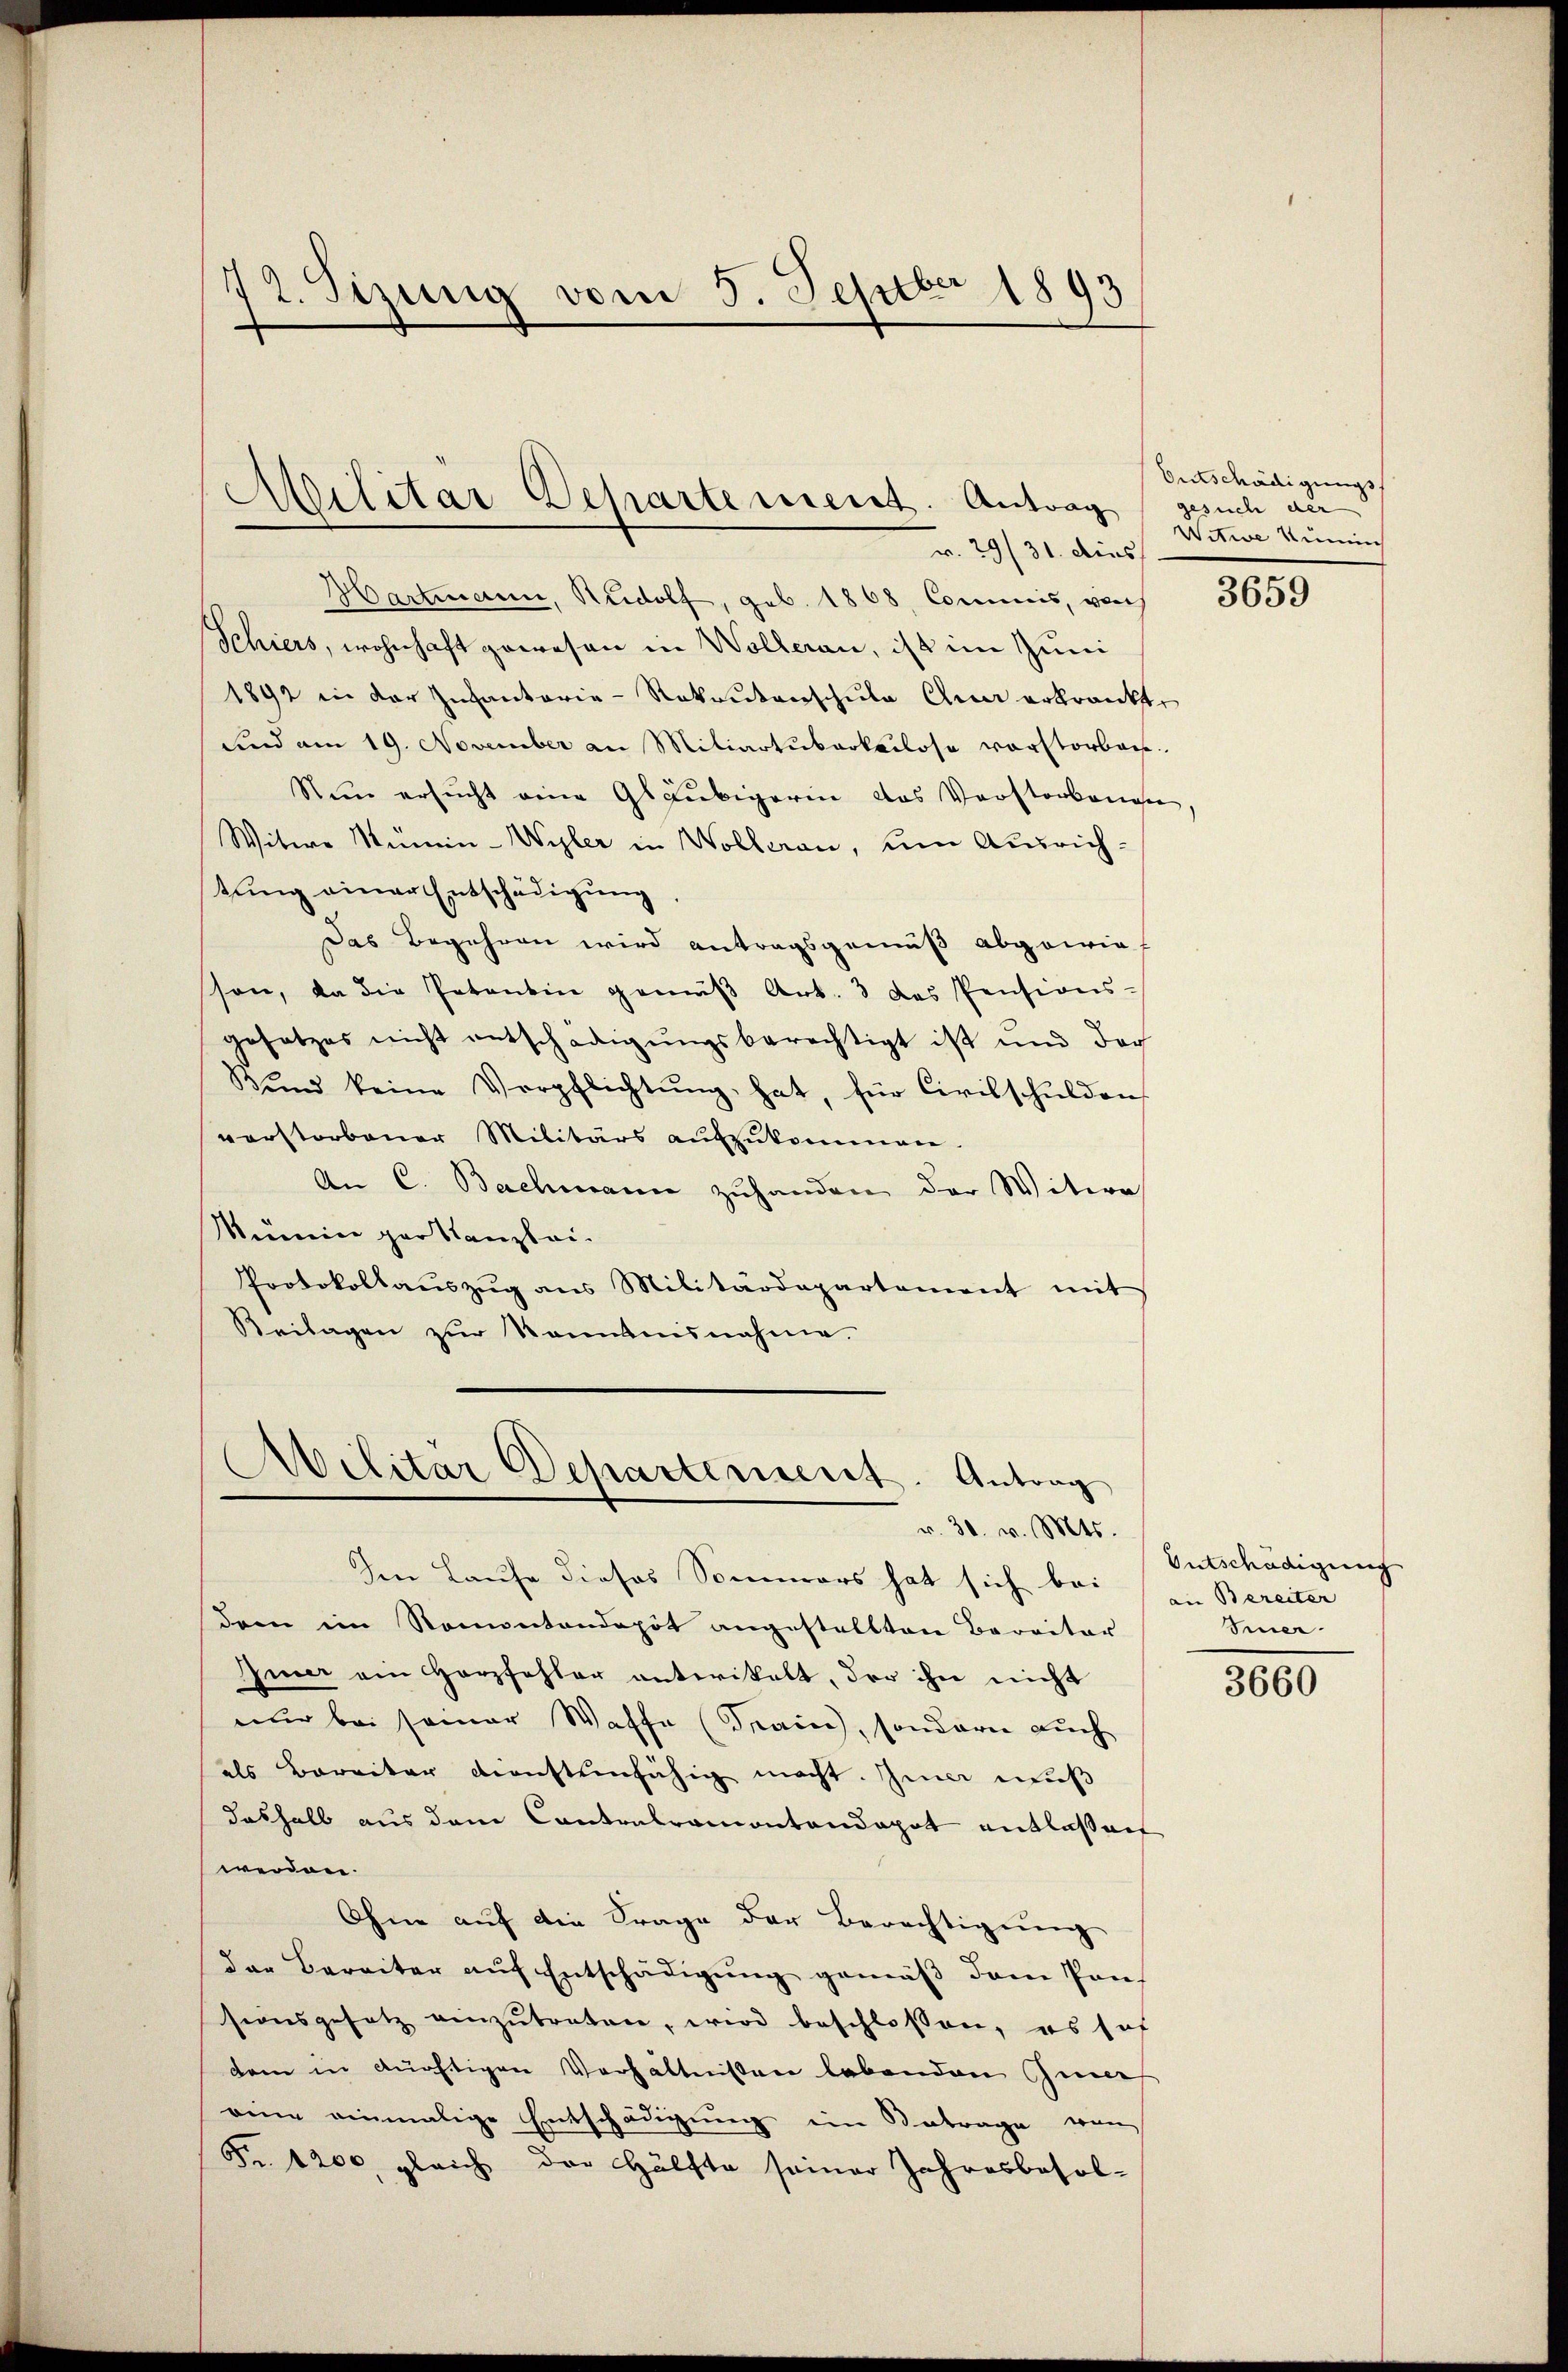
72. Sizung vom 5. Septber 1893

Militar Departement. Antrag gesuch der
r. 29/31. dies

Hartmann, Rudolf, geb. 1868, Commis, von
Schiers, wohnhaft gewesen in Wolleran, ist im Juni
1892 in der Infanterie-Rekrutenschule Quer erkrankt,
und am 19. November an Miliartularkadlose vorstorben.
Steen ersucht eine Gläubigerin das Vorstorbenen,
Witwe Stümin-Wyler in Wolleran, um Ausrichtung einer Entschädigung
Das Begehren wird antragsgemäß abgewieson, da die Patentin gemäβ Art. 3 das Pensions-
gesetzes nicht entschädigŭngsberechtigt ist und der
Bŭnd keine Verpflichtŭng hat, für Civilschŭlden
verstorbener Militärs aŭfzŭkommen.
An C. Bachmann zuhanden der Witwe
Mumier par Kanzlei-
Protokollaŭszŭg ans Militärdepartement mit
Beilagen zur Kenntnisnahme.

Abilitar Departement. Antrag
r. 30. v. Mts.

Im Laufe dieses Sommers hat sich bei
dem im Ramontendepot angestellten Baraitär
Imer ein Herzfehler anterikalt, der ihn nicht
nur bei seiner Waffe (Train, sondern auch
als Bereiter diensteinfähig macht. Ima muß
dashalb aus dem Cantonsramontandapot entlaßen
werden.
Ohne auf die Frage der Berechtigŭng
der Bereiter aŭf Entschädigung gemäβ dem Pan
sionsgesetz einzŭtreten, wird beschlossen, es sof
dem in dürftigen Verhältnissen lebenden Geneh
eine einmalige Entschädigung ein Betrage von
Fr. 1200 gleich der Hälfte seiner Jahresbesol¬

Entschädigungs¬
Witwe Kin

3659

Entschädigung
an Bereiter
Siner

3660